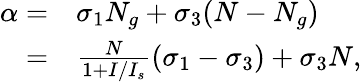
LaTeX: \begin{array}{rl}{\alpha=}&{{}\sigma_{1}N_{g}+\sigma_{3}(N-N_{g})}\\ {=}&{{}\frac{N}{1+I/I_{s}}(\sigma_{1}-\sigma_{3})+\sigma_{3}N,}\end{array}